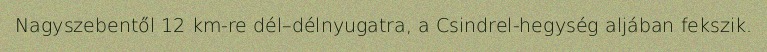
Nagyszebentől 12 km-re dél–délnyugatra, a Csindrel-hegység aljában fekszik.